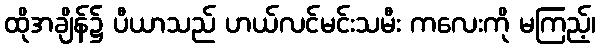
ထိုအချိန်၌ ပီယာသည် ဟယ်လင်မင်းသမီး ကလေးကို မကြည့်၊